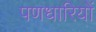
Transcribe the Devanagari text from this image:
पणधारियों